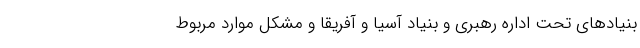
بنیادهای تحت اداره رهبری و بنیاد آسیا و آفریقا و مشکل موارد مربوط